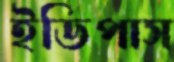
ইডিপাস